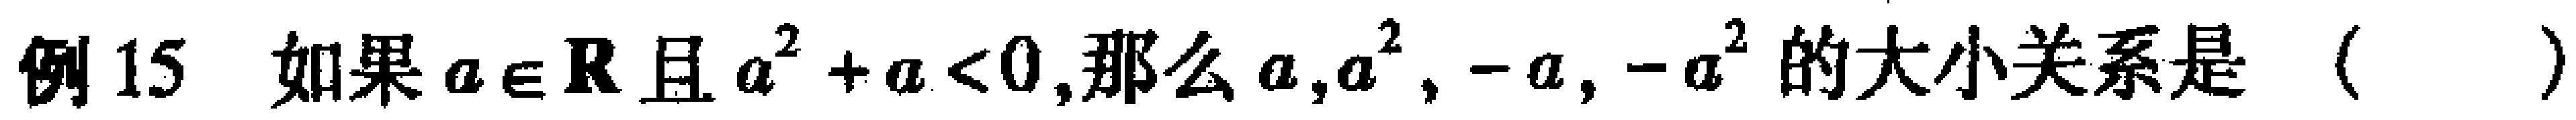
例15 如果\(a\in \mathbf{R}\)且\(a^{2}+a<0\),那么\(a,a^{2},-a,-a^{2}\)的大小关系是（  ）